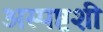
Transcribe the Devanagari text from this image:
अस्पष्टशी